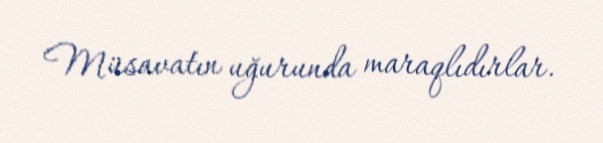
Müsavatın uğurunda maraqlıdırlar.